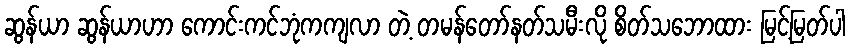
ဆွန်ယာ ဆွန်ယာဟာ ကောင်းကင်ဘုံကကျလာ တဲ့ တမန်တော်နတ်သမီးလို စိတ်သဘောထား မြင့်မြတ်ပါ